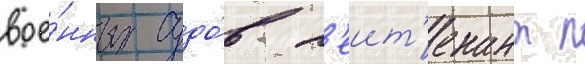
вое́нных судо́в л'еит'енант п